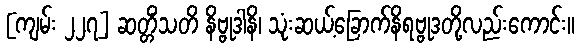
[ကျမ်း ၂၂၇] ဆတ္တိံသတိ နိဗ္ဗုဒါနိ၊ သုံးဆယ့်ခြောက်နိရဗ္ဗုဒတို့လည်းကောင်း။